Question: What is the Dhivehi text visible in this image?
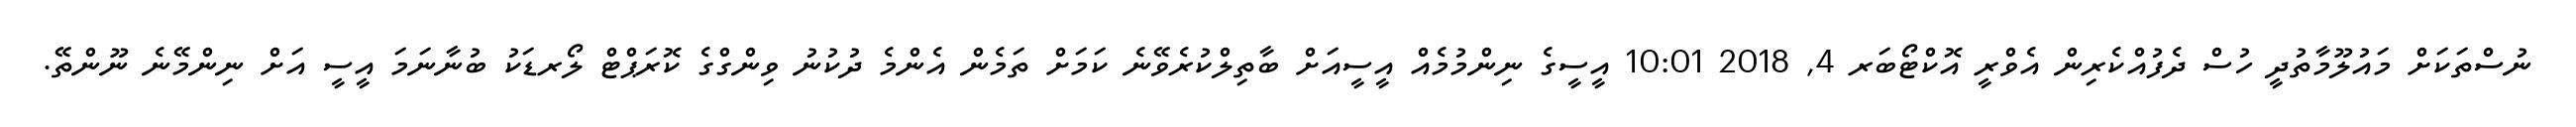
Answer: ނުސްތަކަށް މައުލޫމާތުދީ ހުސް ދެފުއްކެރިން އެވްރީ އޮކްޓޯބަރ 4, 2018 10:01 އީސީގެ ނިންމުމެއް އީސީއަށް ބާތިލްކުރެވޭނެ ކަމަށް ތަމެން އެންމެ ދުކުނު ވިންގްގެ ކޮރަޕްޓް ލޯރޑަކު ބުނާނަމަ އީސީ އަށް ނިންމޭނެ ނޫންތޭ.